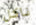
ناكل